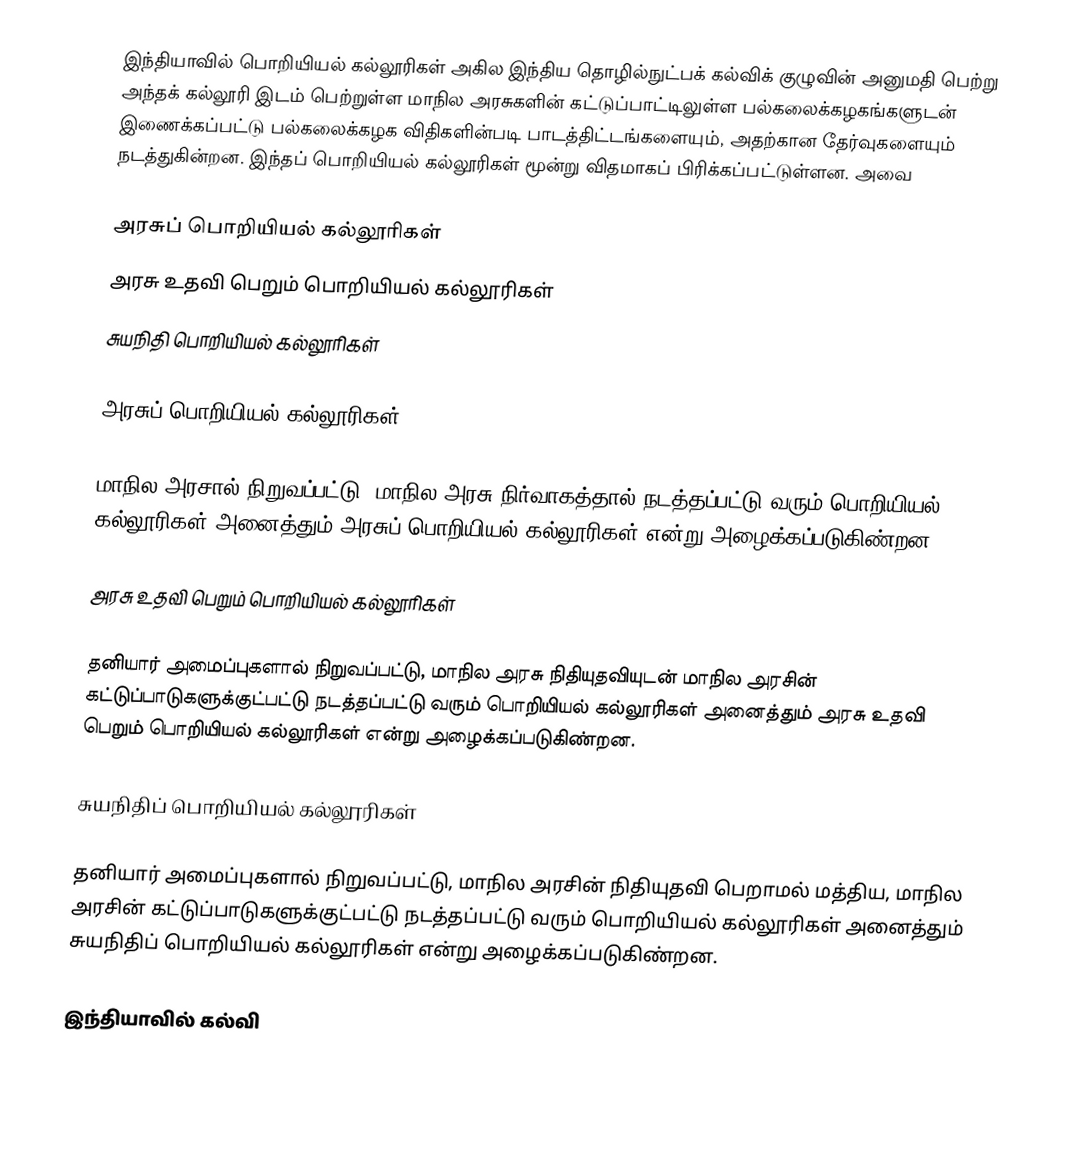
இந்தியாவில் பொறியியல் கல்லூரிகள் அகில இந்திய தொழில்நுட்பக் கல்விக் குழுவின் அனுமதி பெற்று அந்தக் கல்லூரி இடம் பெற்றுள்ள மாநில அரசுகளின் கட்டுப்பாட்டிலுள்ள பல்கலைக்கழகங்களுடன் இணைக்கப்பட்டு பல்கலைக்கழக விதிகளின்படி பாடத்திட்டங்களையும், அதற்கான தேர்வுகளையும் நடத்துகின்றன. இந்தப் பொறியியல் கல்லூரிகள் மூன்று விதமாகப் பிரிக்கப்பட்டுள்ளன. அவை

அரசுப் பொறியியல் கல்லூரிகள்
அரசு உதவி பெறும் பொறியியல் கல்லூரிகள்
சுயநிதி பொறியியல் கல்லூரிகள்

அரசுப் பொறியியல் கல்லூரிகள்

மாநில அரசால் நிறுவப்பட்டு, மாநில அரசு நிர்வாகத்தால் நடத்தப்பட்டு வரும் பொறியியல் கல்லூரிகள் அனைத்தும் அரசுப் பொறியியல் கல்லூரிகள் என்று அழைக்கப்படுகிண்றன.

அரசு உதவி பெறும் பொறியியல் கல்லூரிகள்

தனியார் அமைப்புகளால் நிறுவப்பட்டு, மாநில அரசு நிதியுதவியுடன் மாநில அரசின் கட்டுப்பாடுகளுக்குட்பட்டு நடத்தப்பட்டு வரும் பொறியியல் கல்லூரிகள் அனைத்தும் அரசு உதவி பெறும் பொறியியல் கல்லூரிகள் என்று அழைக்கப்படுகிண்றன.

சுயநிதிப் பொறியியல் கல்லூரிகள்

தனியார் அமைப்புகளால் நிறுவப்பட்டு, மாநில அரசின் நிதியுதவி பெறாமல் மத்திய, மாநில அரசின் கட்டுப்பாடுகளுக்குட்பட்டு நடத்தப்பட்டு வரும் பொறியியல் கல்லூரிகள் அனைத்தும் சுயநிதிப் பொறியியல் கல்லூரிகள் என்று அழைக்கப்படுகிண்றன.

இந்தியாவில் கல்வி